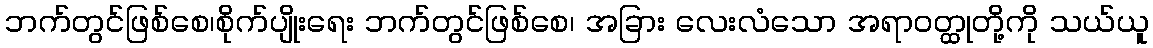
ဘက်တွင်ဖြစ်စေ၊စိုက်ပျိုးရေး ဘက်တွင်ဖြစ်စေ၊ အခြား လေးလံသော အရာဝတ္ထုတို့ကို သယ်ယူ